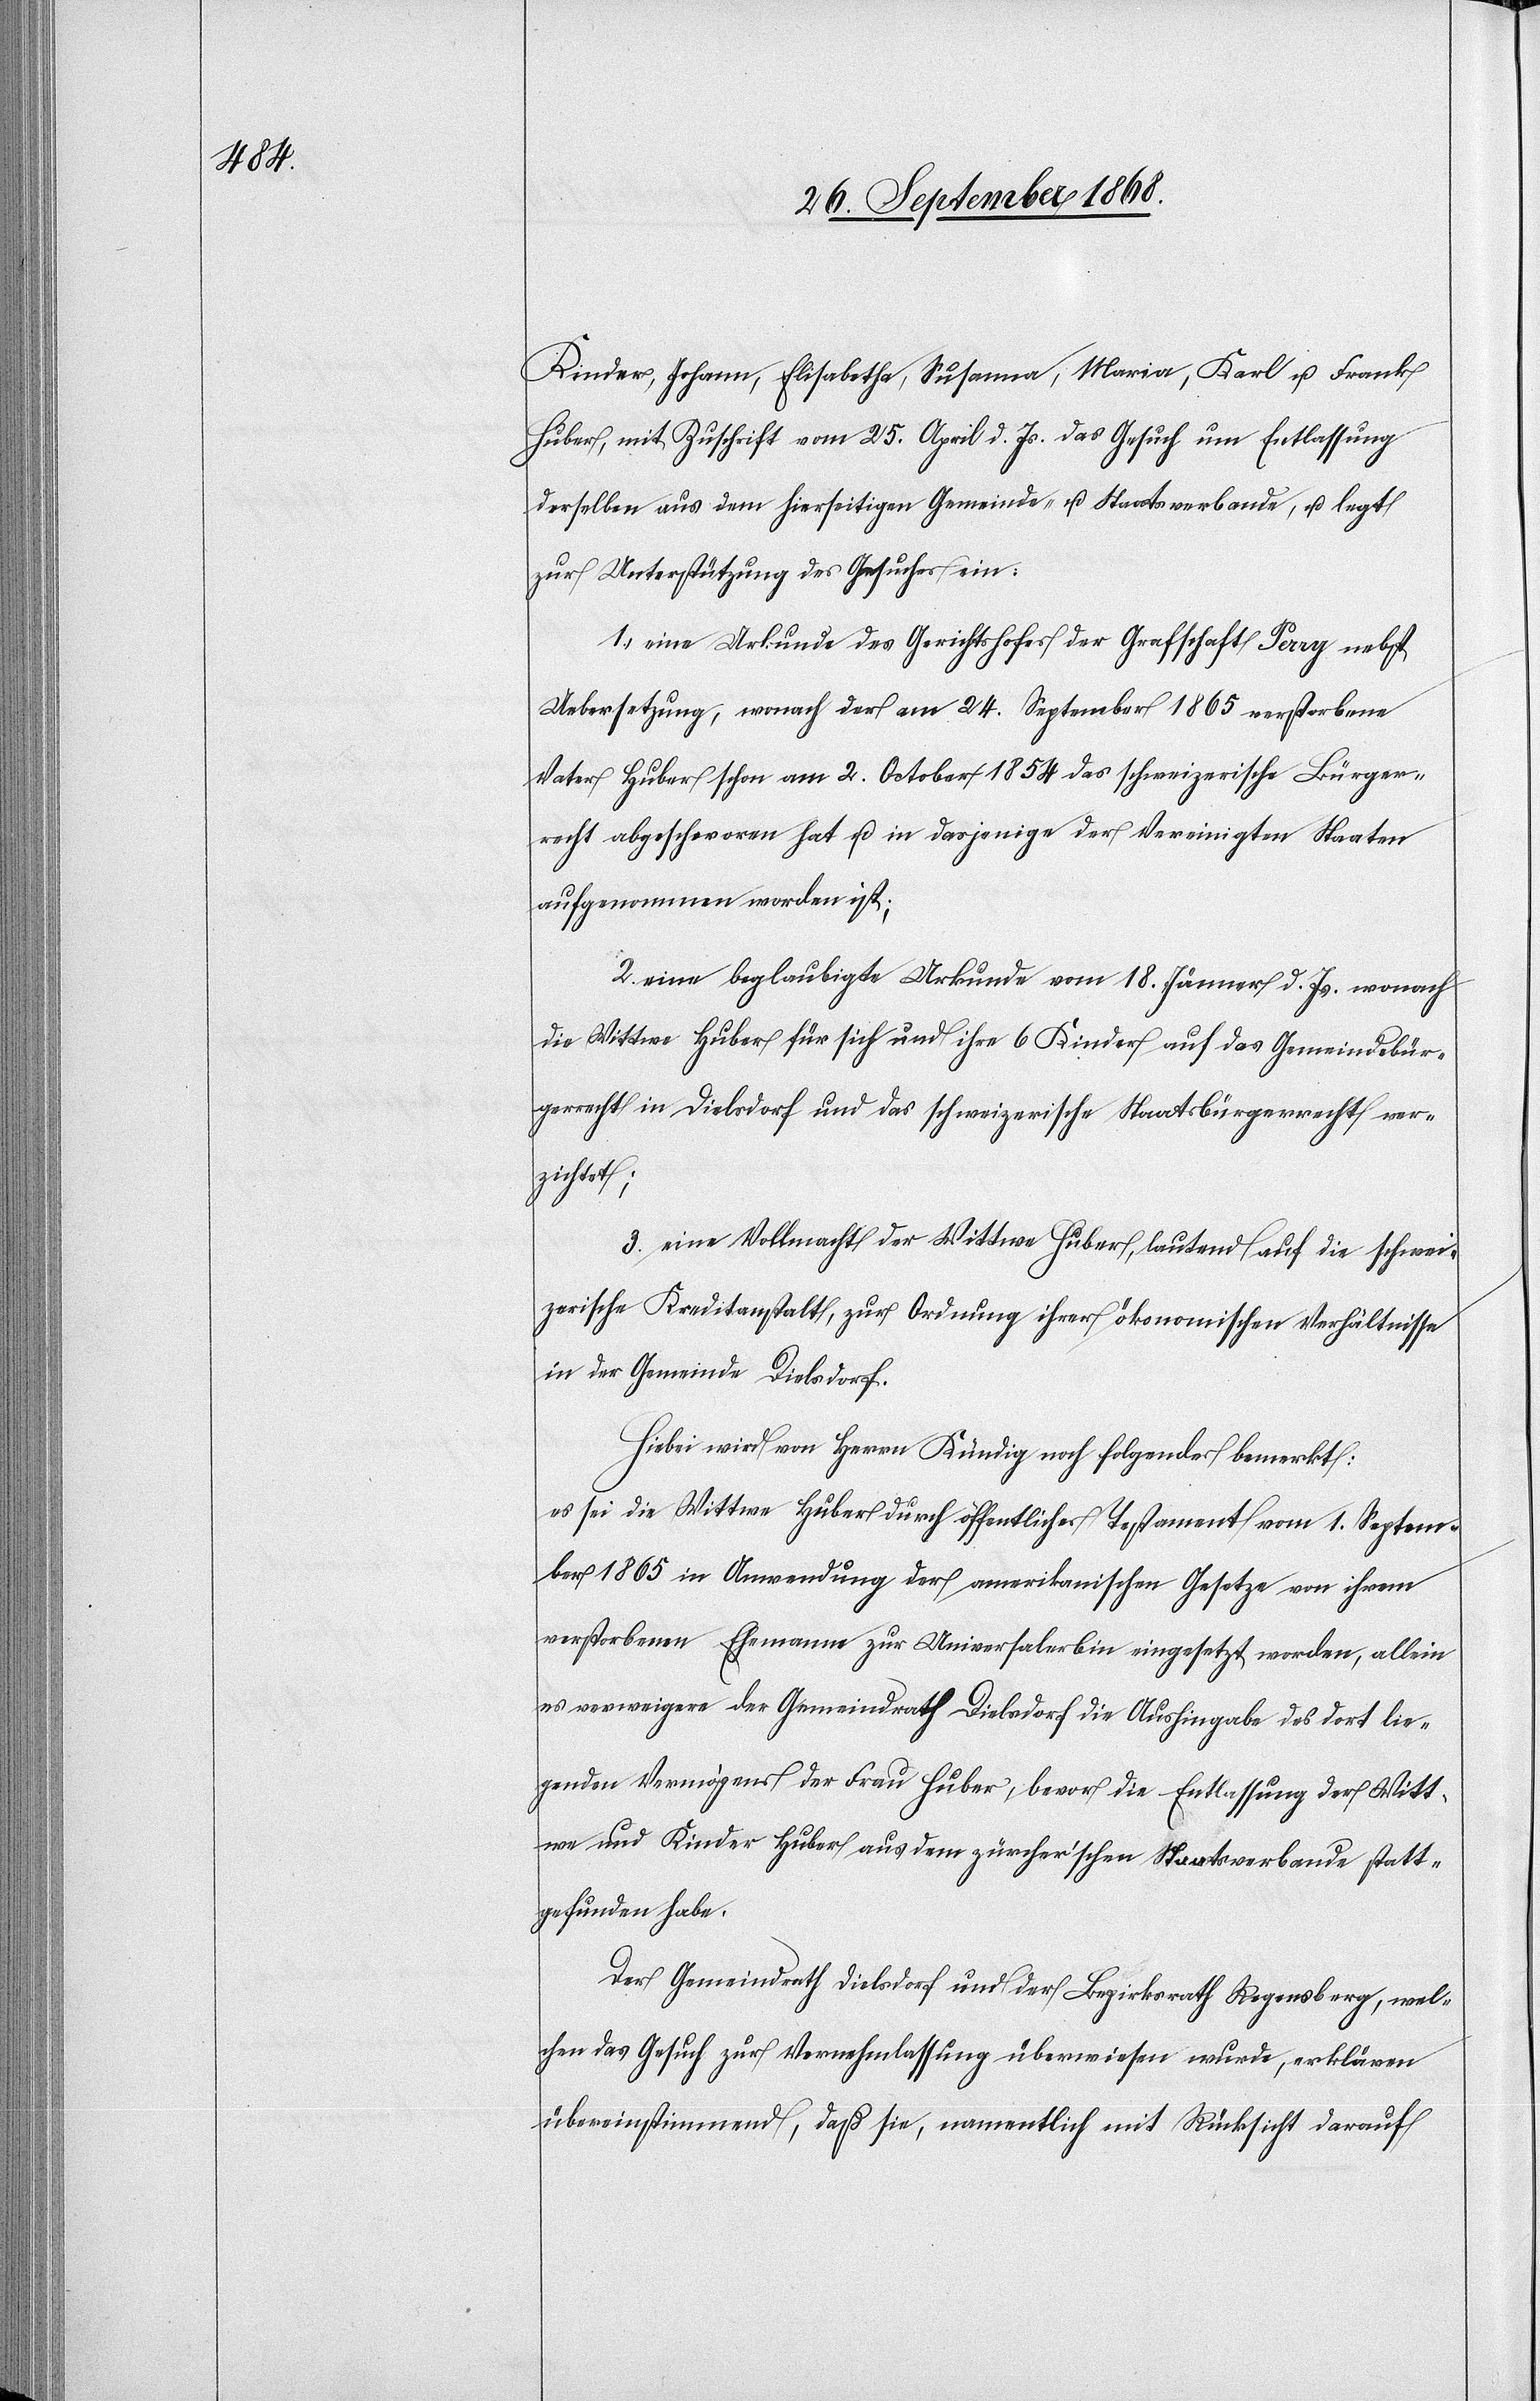
Kinder, Johann, Elisabetha, Susanna, Maria, Karl u. Frank
Huber, mit Zuschrift vom 25. April d. Js. das Gesuch um Entlassung
derselben aus dem hierseitigen Gemeinde- u. Staatsverbande, u. legt
zur Unterstützung des Gesuches ein:
1. eine Urkunde des Gerichtshofes der Grafschaft Perry nebst
Uebersetzung, wonach der am 24. September 1865 verstorbene
Vater Huber schon am 2. October 1854 das schweizerische Bürger¬
recht abgeschworen hat u. in dasjenige der Vereinigten Staaten
aufgenommen worden ist;
2. eine beglaubigte Urkunde vom 18. Jänner d. Js. wonach
die Wittwe Huber für sich und ihre 6 Kinder auf das Gemeindebür¬
gerrecht in Dielsdorf und das schweizerische Staatsbürgerrecht ver¬
zichtet;
3. eine Vollmacht der Wittwe Huber, lautend auf die schwei¬
zerische Kreditanstalt, zur Ordnung ihrer ökonomischen Verhältnisse
in der Gemeinde Dielsdorf.
Hiebei wird von Herrn Kündig noch folgendes bemerkt:
es sei die Wittwe Huber durch öffentliches Testament vom 1. Septem¬
ber 1865 in Anwendung der amerikanischen Gesetze von ihrem
verstorbenen Ehemann zur Universalerbin eingesetzt worden, allein
es verweigere der Gemeindrath Dielsdorf die Aushingabe des dort lie¬
genden Vermögens der Frau Huber, bevor die Entlassung der Witt¬
we und Kinder Huber aus dem zürcher’schen Staatsverbande statt¬
gefunden habe.
Der Gemeindrath Dielsdorf und der Bezirksrath Regensberg, wel¬
chen das Gesuch zur Vernehmlassung überwiesen wurde, erklären
übereinstimmend, daß sie, namentlich mit Rücksicht darauf